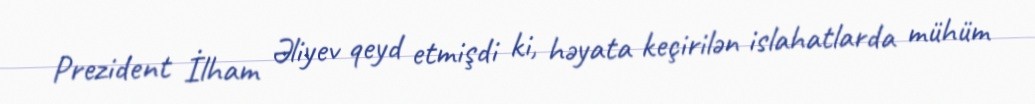
Prezident İlham Əliyev qeyd etmişdi ki, həyata keçirilən islahatlarda mühüm